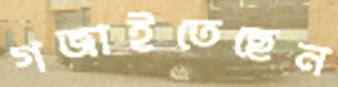
গজাইতেছেন